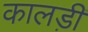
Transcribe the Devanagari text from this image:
कालड़ी